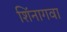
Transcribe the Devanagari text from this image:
शिंनागवा